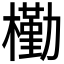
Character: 𣝀